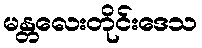
မန္တလေးတိုင်းဒေသ